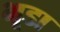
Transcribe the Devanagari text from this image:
भूडा